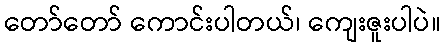
တော်တော် ကောင်းပါတယ်၊ ကျေးဇူးပါပဲ။